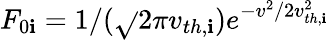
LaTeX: F_{0\mathbf{i}}=1/(\sqrt{}{{2\pi}}v_{th,\mathbf{i}})e^{-v^{2}/2v_{th,\mathbf{i}}^{2}}